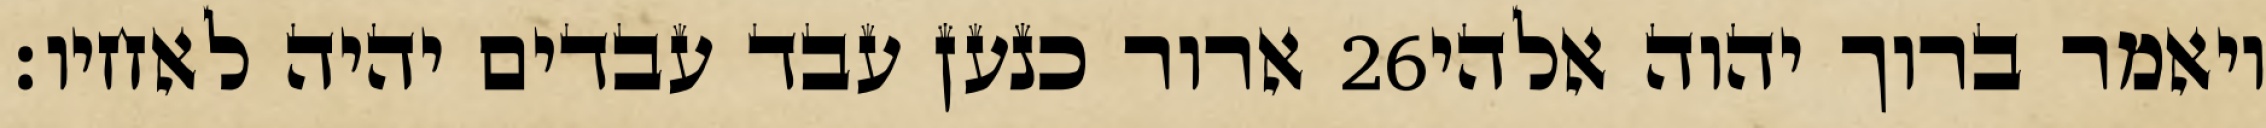
ארור כנען עבד עבדים יהיה לאחיו׃ ‎26‏ ויאמר ברוך יהוה אלהי